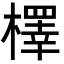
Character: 檡